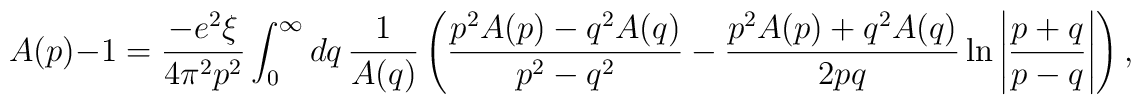
A(p) - 1 = \frac{-e^2\xi}{4\pi^2p^2} \int_0^\infty dq\, \frac{1}{A(q)}           \left(\frac{p^2A(p) - q^2A(q)}{p^2-q^2} -  \frac{p^2A(p) + q^2A(q)}{2pq} \ln\left|\frac{p+q}{p-q}\right|\right),